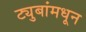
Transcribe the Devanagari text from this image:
ट्युबांमधून